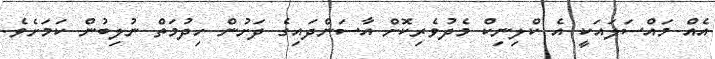
އެއް މައްސަލައަކީ އެ ކްލިނިކް މެދުވެރިކޮށް އާސަންދައިގެ ދަށުން ހިދުމަތް ނުލިބުން ކަމަށެވެ.